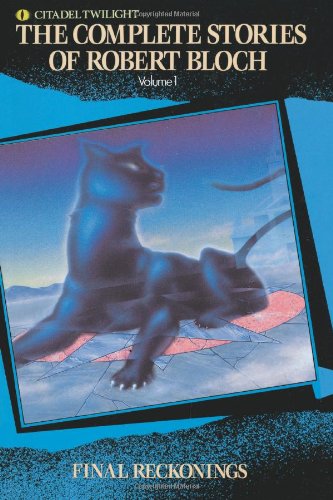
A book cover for Complete Stories of Robert Bloch: Final Reckonings (Complete Stories of Robert Bloch, Volume 1); Robert Bloch; Science Fiction & Fantasy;